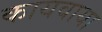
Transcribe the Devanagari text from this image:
कायवाया